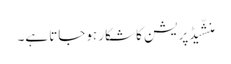
منشّیڈپریشن کا شکار ہوجاتا ہے۔